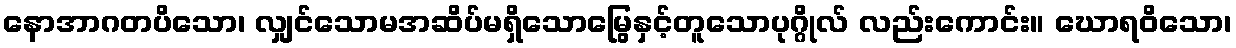
နောအာဂတပိသော၊ လျှင်သောမအဆိပ်မရှိသောမြွေနှင့်တူသောပုဂ္ဂိုလ် လည်းကောင်း။ ဃောရဝိသော၊